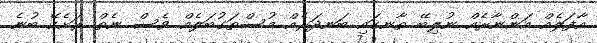
އާފަލެއް އަންނާރެއް ނުލިބޭ ތާނގައި ބަނދަރެއް މުސްތަގުބަލެއް ވެސް ނެތް ރަށެކޭ ބުނެ